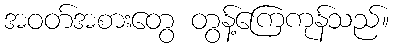
အဝတ်အစားတွေ တွန့်ကြေကုန်သည်။